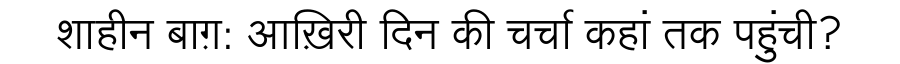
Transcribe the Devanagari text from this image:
शाहीन बाग़: आख़िरी दिन की चर्चा कहां तक पहुंची?